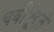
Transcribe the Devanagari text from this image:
चवीपूरते